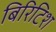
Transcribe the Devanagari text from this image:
बिरिटिश